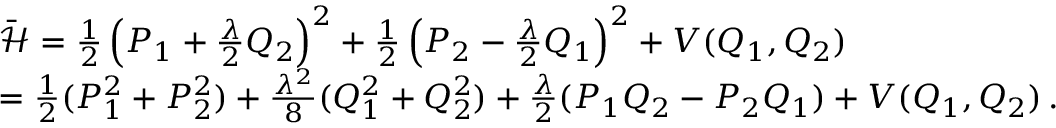
\begin{array} { r l } & { \bar { { \mathcal { H } } } = \frac { 1 } { 2 } \left( P _ { 1 } + \frac { \lambda } { 2 } Q _ { 2 } \right) ^ { 2 } + \frac { 1 } { 2 } \left( P _ { 2 } - \frac { \lambda } { 2 } Q _ { 1 } \right) ^ { 2 } + V ( Q _ { 1 } , Q _ { 2 } ) } \\ & { = \frac { 1 } { 2 } ( P _ { 1 } ^ { 2 } + P _ { 2 } ^ { 2 } ) + \frac { \lambda ^ { 2 } } { 8 } ( Q _ { 1 } ^ { 2 } + Q _ { 2 } ^ { 2 } ) + \frac { \lambda } { 2 } ( P _ { 1 } Q _ { 2 } - P _ { 2 } Q _ { 1 } ) + V ( Q _ { 1 } , Q _ { 2 } ) \, . } \end{array}